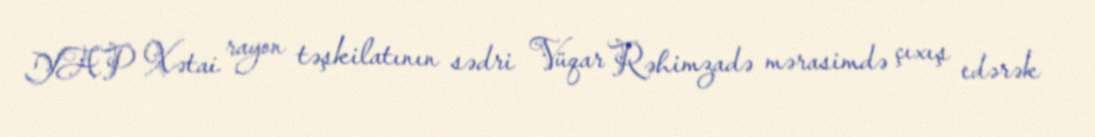
YAP Xətai rayon təşkilatının sədri Vüqar Rəhimzadə mərasimdə çıxış edərək